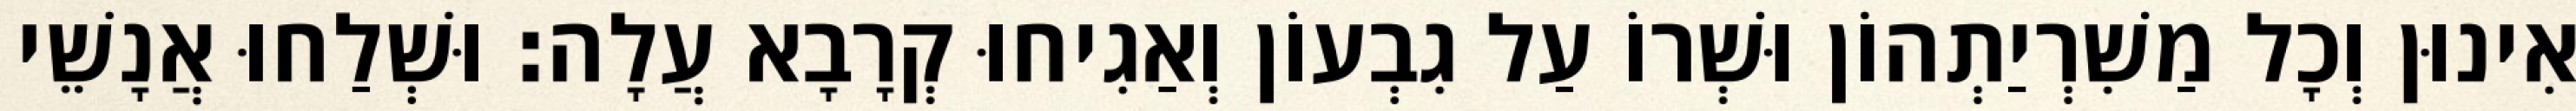
אִינוּן וְכָל מַשִׁרְיַתְהוֹן וּשְׁרוֹ עַל גִבְעוֹן וְאַגִיחוּ קְרָבָא עֲלָה׃ וּשְׁלַחוּ אֲנָשֵׁי